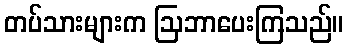
တပ်သားများက ဩဘာပေးကြသည်။